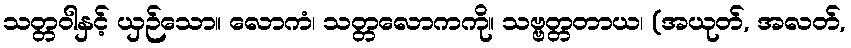
သတ္တဝါနှင့် ယှဉ်သော။ လောကံ၊ သတ္တလောကကို။ သဗ္ဗတ္တတာယ၊ (အယုတ်, အလတ်,